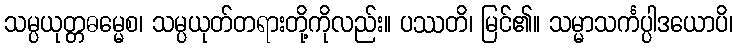
သမ္ပယုတ္တဓမ္မေစ၊ သမ္ပယုတ်တရားတို့ကိုလည်း။ ပဿတိ၊ မြင်၏။ သမ္မာသင်္ကပ္ပါဒယောပိ၊